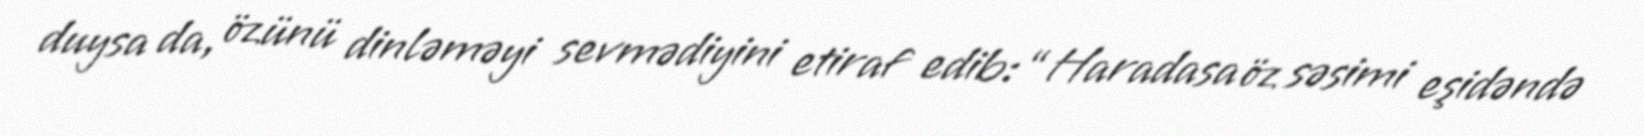
duysa da, özünü dinləməyi sevmədiyini etiraf edib: “Haradasa öz səsimi eşidəndə